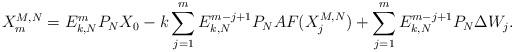
LaTeX: \begin{align*}X_m^{M,N}=E_{k,N}^mP_N X_0-k\sum_{j=1}^mE_{k,N}^{m-j+1}P_NAF(X_j^{M,N})+\sum_{j=1}^mE_{k,N}^{m-j+1}P_N\Delta W_j.\end{align*}